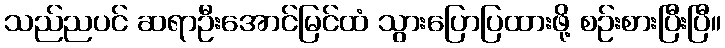
သည်ညပင် ဆရာဦးအောင်မြင်ထံ သွားပြောပြထားဖို့ စဉ်းစားပြီးပြီ။